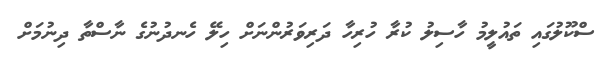
ސްކޫލުގައި ތައުލީމު ހާސިލު ކުރާ ހުރިހާ ދަރިވަރުންނަށް ހިލޭ ހެނދުނުގެ ނާސްތާ ދިނުމަށް